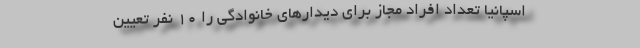
اسپانیا تعداد افراد مجاز برای دیدار‌های خانوادگی را ۱۰ نفر تعیین